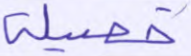
خصيلة